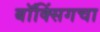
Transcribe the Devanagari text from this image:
बॉक्सिंगचा